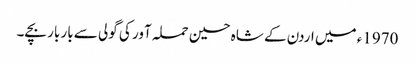
1970ء میں اردن کے شاہ حسین حملہ آور کی گولی سے بار بار بچے۔